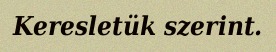
Keresletük szerint.